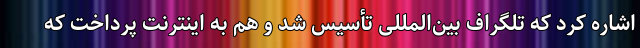
اشاره کرد که تلگراف بین‌المللی تأسیس شد و هم به اینترنت پرداخت که